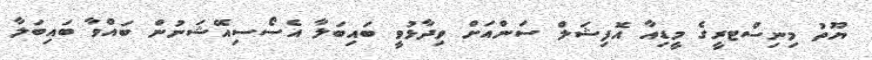
ޔޫތު މިނިސްޓރީގެ މީޑިއާ އޮފިޝަލް ސަންއަށް ވިދާޅުވީ ބައިބަލާ އެސޯސިއޭޝަނުން ބައްވާ ބައިބަލާ